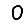
Digit: 0